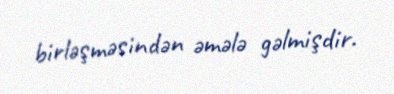
birləşməsindən əmələ gəlmişdir.